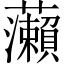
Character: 𬟣